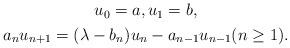
LaTeX: \begin{align*} \begin{gathered} u_0 = a, u_1 = b, \\ a_n u_{n+1} = (\lambda - b_n) u_n - a_{n-1} u_{n-1} (n \geq 1). \end{gathered}\end{align*}